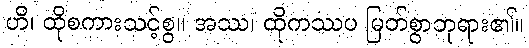
ဟိ၊ ထိုစကားသင့်စွ။ အဿ၊ ထိုကဿပ မြတ်စွာဘုရား၏။